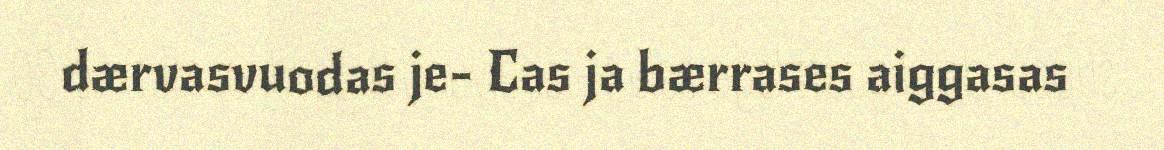
dærvasvuodas je- Cas ja bærrases aiggasas